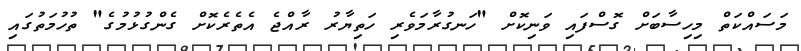
މަސައްކަތް މިހިސާބަށް ގޮސްފައި ވަނިކޮށް "ހަނގުރާމަވެރި ހަތިޔާރު ރާއްޖެ އެތެރެކޮށް ގެންގުޅުމުގެ" ތުހުމަތުގައި